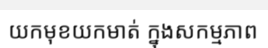
យកមុខយកមាត់ ក្នុងសកម្មភាព